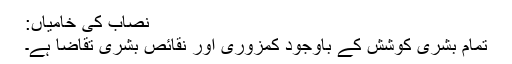
نصاب کی خامیاں:
تمام بشری کوشش کے باوجود کمزوری اور نقائص بشری تقاضا ہے۔